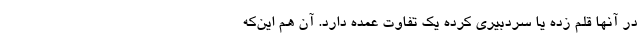
در آنها قلم زده یا سردبیری کرده یک تفاوت عمده دارد. آن هم این‌که